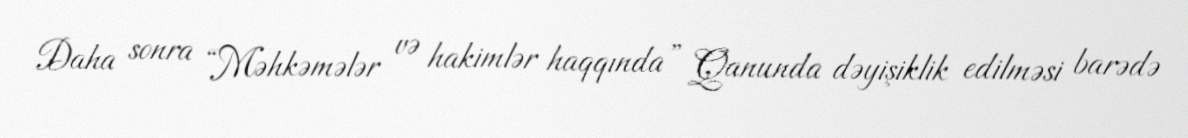
Daha sonra “Məhkəmələr və hakimlər haqqında” Qanunda dəyişiklik edilməsi barədə